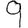
Digit: 9